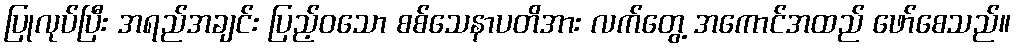
ပြုလုပ်ပြီး အရည်အချင်း ပြည့်ဝသော စစ်သေနာပတိအား လက်တွေ့ အကောင်အထည် ဖော်စေသည်။